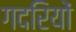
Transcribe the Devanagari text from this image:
गदरियों